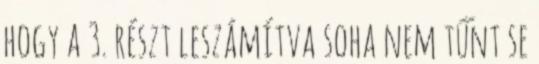
hogy a 3. részt leszámítva soha nem tűnt se